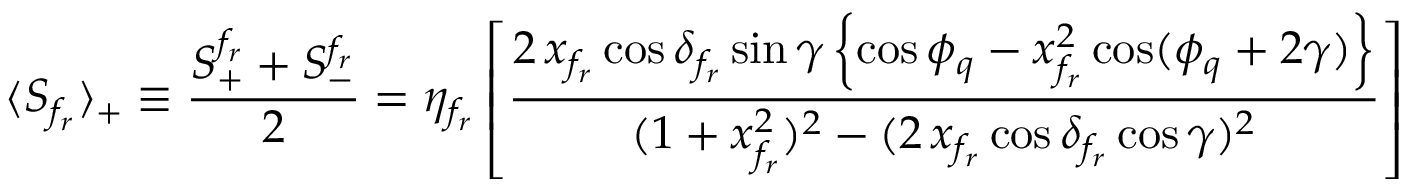
\langle S _ { f _ { r } } \rangle _ { + } \equiv \frac { S _ { + } ^ { f _ { r } } + S _ { - } ^ { f _ { r } } } { 2 } = \eta _ { f _ { r } } \left[ \frac { 2 \, x _ { f _ { r } } \cos \delta _ { f _ { r } } \sin \gamma \left\{ \cos \phi _ { q } - x _ { f _ { r } } ^ { 2 } \cos ( \phi _ { q } + 2 \gamma ) \right\} } { ( 1 + x _ { f _ { r } } ^ { 2 } ) ^ { 2 } - ( 2 \, x _ { f _ { r } } \cos \delta _ { f _ { r } } \cos \gamma ) ^ { 2 } } \right]